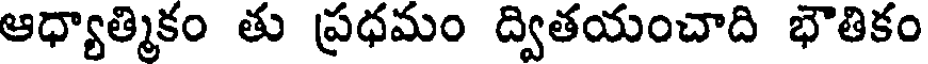
ఆధ్యాత్మికం తు ప్రధమం ద్వితయంచాది భౌతికం